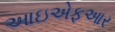
આઇએફઆર